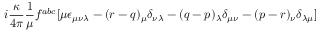
i \frac { \kappa } { 4 \pi } \frac { 1 } { \mu } f ^ { a b c } [ \mu \epsilon _ { \mu \nu \lambda } - ( r - q ) _ { \mu } \delta _ { \nu \lambda } - ( q - p ) _ { \lambda } \delta _ { \mu \nu } - ( p - r ) _ { \nu } \delta _ { \lambda \mu } ]